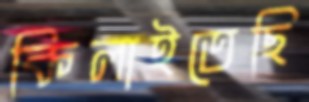
কিলাইতেছি